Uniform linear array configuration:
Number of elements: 8
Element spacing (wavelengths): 0.25
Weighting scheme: binomial
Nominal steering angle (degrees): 15
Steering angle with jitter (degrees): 13.45
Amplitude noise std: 0.05
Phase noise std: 0.05

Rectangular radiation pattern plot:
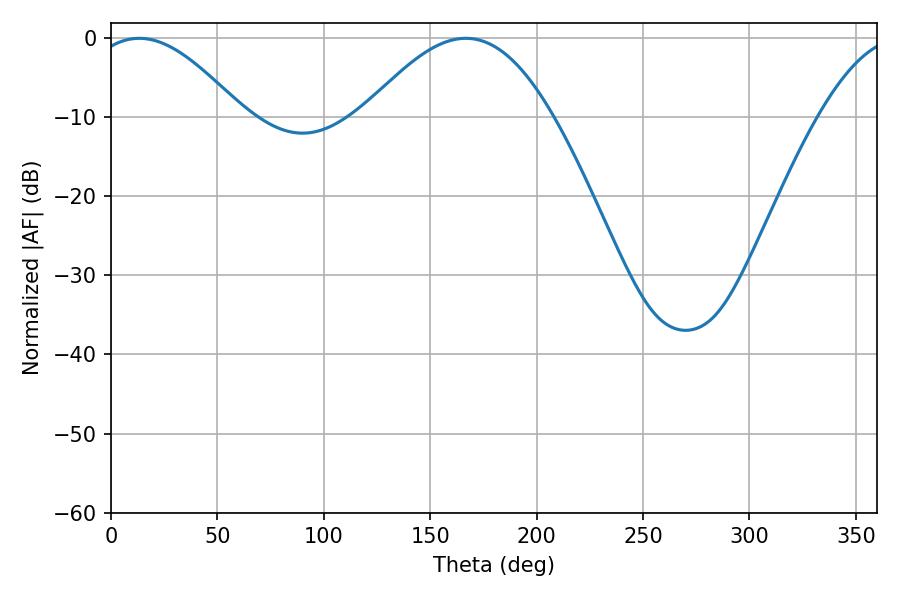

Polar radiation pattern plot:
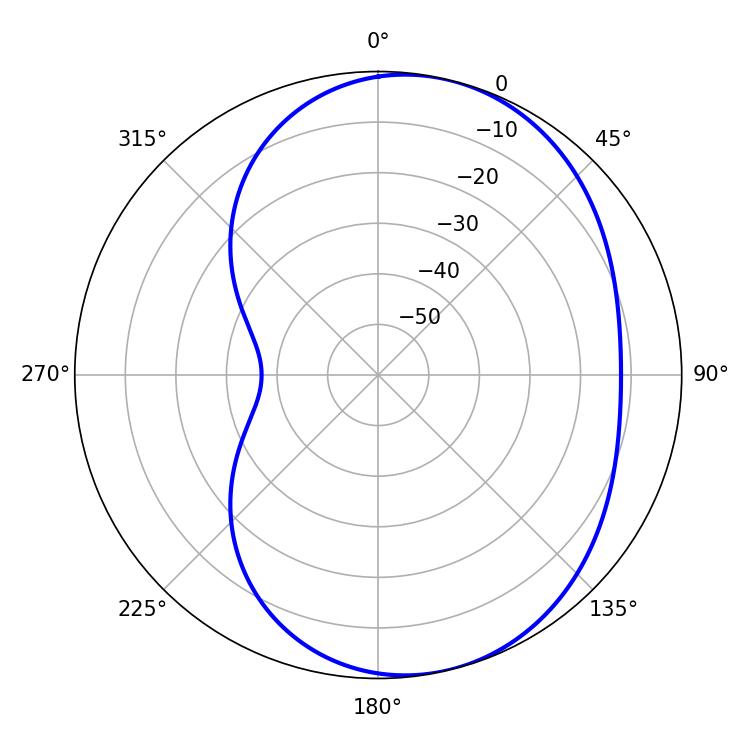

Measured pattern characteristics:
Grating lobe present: FALSE
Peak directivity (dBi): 5.898
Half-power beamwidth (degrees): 38.7
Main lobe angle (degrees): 13.32